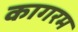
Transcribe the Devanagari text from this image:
कागरम